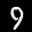
Label: 9